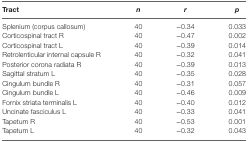
<table><thead><tr><td><b>Tract</b></td><td><b><i>n</i></b></td><td><b><i>r</i></b></td><td><b><i>p</i></b></td></tr></thead><tbody><tr><td>Splenium (corpus callosum)</td><td>40</td><td>−0.34</td><td>0.033</td></tr><tr><td>Corticospinal tract R</td><td>40</td><td>−0.47</td><td>0.002</td></tr><tr><td>Corticospinal tract L</td><td>40</td><td>−0.39</td><td>0.014</td></tr><tr><td>Retrolenticular internal capsule R</td><td>40</td><td>−0.32</td><td>0.041</td></tr><tr><td>Posterior corona radiata R</td><td>40</td><td>−0.39</td><td>0.013</td></tr><tr><td>Sagittal stratum L</td><td>40</td><td>−0.35</td><td>0.028</td></tr><tr><td>Cingulum bundle R</td><td>40</td><td>−0.31</td><td>0.057</td></tr><tr><td>Cingulum bundle L</td><td>40</td><td>−0.46</td><td>0.009</td></tr><tr><td>Fornix striata terminalis L</td><td>40</td><td>−0.40</td><td>0.012</td></tr><tr><td>Uncinate fasciculus L</td><td>40</td><td>−0.33</td><td>0.041</td></tr><tr><td>Tapetum R</td><td>40</td><td>−0.53</td><td>0.001</td></tr><tr><td>Tapetum L</td><td>40</td><td>−0.32</td><td>0.043</td></tr></tbody></table>